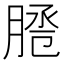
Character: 𦜕